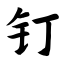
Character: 钉